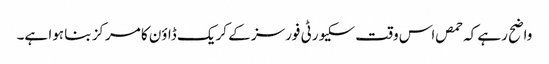
واضح رہے کہ حمص اس وقت سکیورٹی فورسز کے کریک ڈاؤن کا مرکز بنا ہوا ہے۔